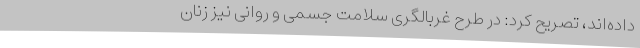
داده‌اند، تصریح کرد: در طرح غربالگری سلامت جسمی و روانی نیز زنان